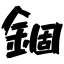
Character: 錮